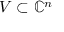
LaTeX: V \subset \mathbb { C } ^ { n }